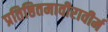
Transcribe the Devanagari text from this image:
प्रतिष्ठितमावीरावीर्म